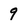
Character: 9